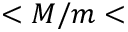
< M / m <